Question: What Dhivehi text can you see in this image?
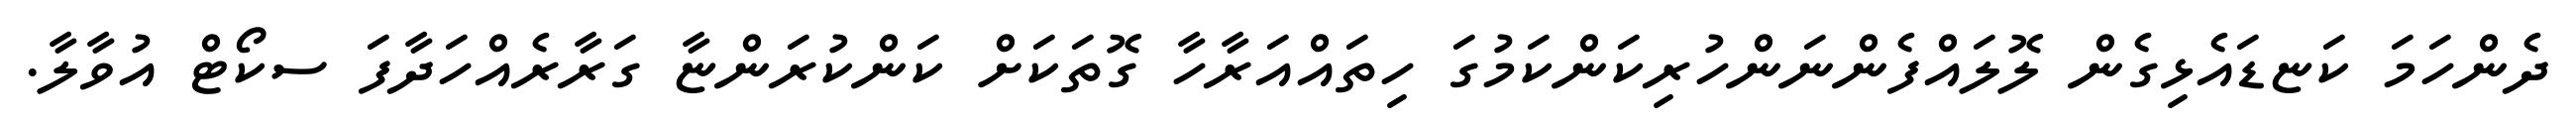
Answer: ދެންހަމަ ކަޏޑައެޅިގެން ލޮލައްފެންނަންހުރިކަންކަމުގަ ހިތައްއަރާހާ ގޮތަކަށް ކަންކުރަންޏާ ގަރާރެއްހަދާފަ ސކޯޓް އުވާލާ.